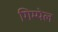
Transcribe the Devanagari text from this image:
गिम्पेल